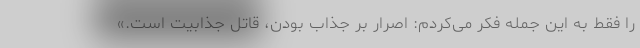
را فقط به این جمله فکر می‌کردم: اصرار بر جذاب بودن، قاتل جذابیت است.»